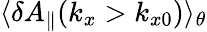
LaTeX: \langle\delta A_{\parallel}(k_{x}>k_{x0})\rangle_{\theta}